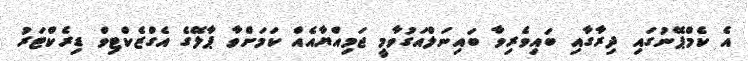
އެ ކެމްޕޭނުގައި ދިރާގާއި ބައިވެރިވާ ބައިނަލްއަގުވާމީ ޖަމިއްޔާއެއް ކަމަށްވާ ޕާލޭގެ އެގްޒެކްޓިވް ޑިރެކްޓަރު